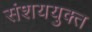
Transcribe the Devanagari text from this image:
संशययुक्त